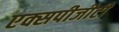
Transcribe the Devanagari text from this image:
एक्सपीजीटी